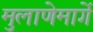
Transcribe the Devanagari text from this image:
मुलाणेमार्गे